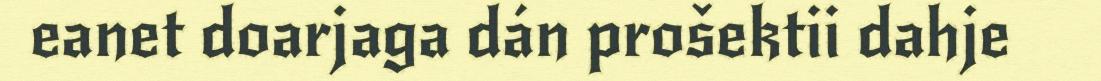
eanet doarjaga dán prošektii dahje